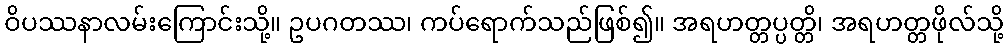
ဝိပဿနာလမ်းကြောင်းသို့။ ဥပဂတဿ၊ ကပ်ရောက်သည်ဖြစ်၍။ အရဟတ္တပ္ပတ္တိ၊ အရဟတ္တဖိုလ်သို့